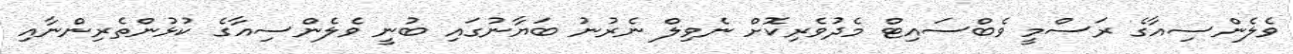
ވެލެންސިއާގެ ރަސްމީ ވެބްސައިޓް މެދުވެރިކޮށް ނެވިލް ނެރުނު ބަޔާނުގައި ބުނީ ވެލެންސިއާގެ ކުޅުންތެރިންނާއި